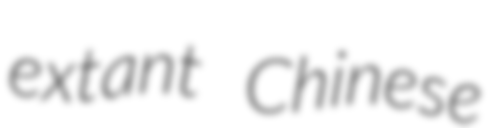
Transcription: extant Chinese